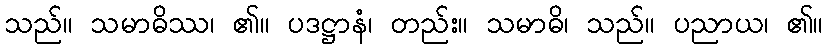
သည်။ သမာဓိဿ၊ ၏။ ပဒဋ္ဌာနံ၊ တည်း။ သမာဓိ၊ သည်။ ပညာယ၊ ၏။